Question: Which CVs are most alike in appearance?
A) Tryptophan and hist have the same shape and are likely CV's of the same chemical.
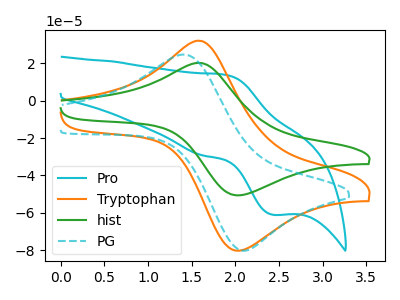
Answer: <think>The cyan curve "Pro" has an anodic peak at (1.90V, 13.90uA) and a cathodic peak at (2.45V, -61.10uA). The orange curve "Tryptophan" has an anodic peak at (1.60V, 32.20uA) and a cathodic peak at (2.00V, -80.20uA). The green curve "hist" has an anodic peak at (1.60V, 20.30uA) and a cathodic peak at (2.00V, -50.60uA). The cyan dashed curve "PG" has an anodic peak at (1.40V, 24.80uA) and a cathodic peak at (2.10V, -80.35uA).
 "Pro" and "Tryptophan" have at least one peak that do not match. "Pro" and "hist" have at least one peak that do not match. "Pro" and "PG" have at least one peak that do not match. All the peaks in "Tryptophan" have a peak in "hist" at the same potential. Every peak in "Tryptophan" is higher than every peak in "hist". "Tryptophan" and "PG" have at least one peak that do not match. "hist" and "PG" have at least one peak that do not match.</think>
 <answer>A) "Tryptophan" and "hist" have the same shape and are likely CV's of the same chemical.</answer>
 <eval>A</eval>